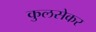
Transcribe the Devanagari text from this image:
कुलसेकर